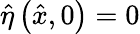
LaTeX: \hat{\eta}\left(\hat{x},0\right)=0